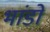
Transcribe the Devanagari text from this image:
भांडो